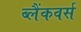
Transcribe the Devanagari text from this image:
ब्लैंकवर्स